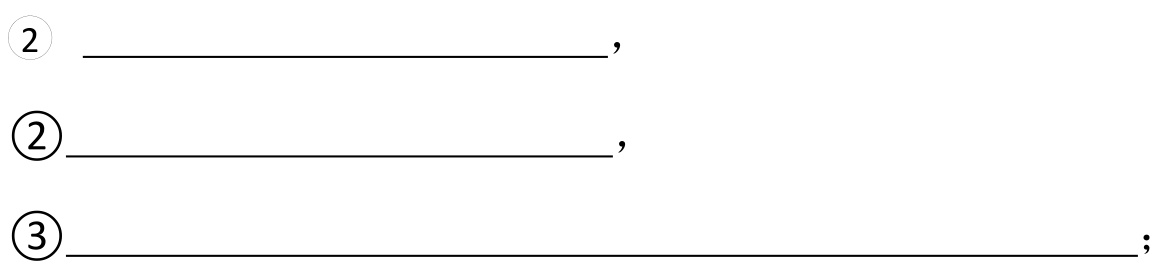
\begin{enumerate}[label=\textcircled{\arabic*}]
\item  \_\_\_\_\_\_\_\_\_\_\_\_\_\_\_\_\_\_\_\_,
\item \_\_\_\_\_\_\_\_\_\_\_\_\_\_\_\_\_\_\_\_,
\item  \_\_\_\_\_\_\_\_\_\_\_\_\_\_\_\_\_\_\_\_\_\_\_\_\_\_\_\_\_\_\_\_\_\_\_\_\_\_\_\_\_\_;
\end{enumerate}